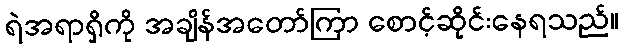
ရဲအရာရှိကို အချိန်အတော်ကြာ စောင့်ဆိုင်းနေရသည်။